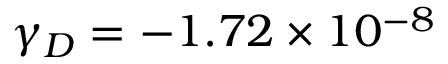
\ensuremath { \gamma } _ { D } = - 1 . 7 2 \times 1 0 ^ { - 8 }